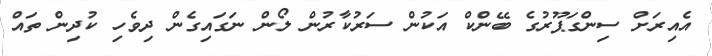
އެއިރަށް ސިންގަޕޫރުގެ ބޭންކް އަކުން ސަރުކާރުން ލޯން ނަގައިގެން ދިވެހި ކުދިން ތައް